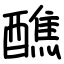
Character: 醮